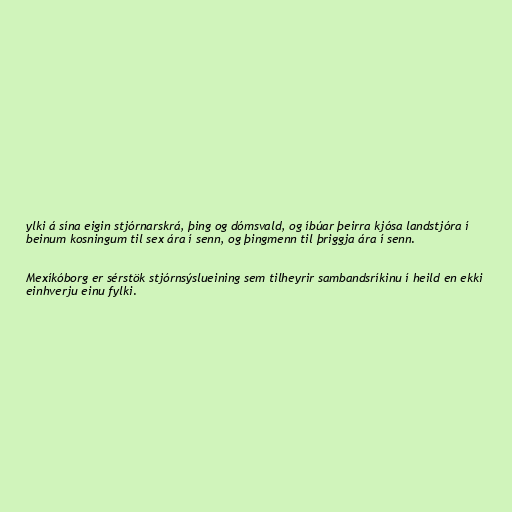
ylki á sína eigin stjórnarskrá, þing og dómsvald, og íbúar þeirra kjósa landstjóra í
beinum kosningum til sex ára í senn, og þingmenn til þriggja ára í senn.

Mexíkóborg er sérstök stjórnsýslueining sem tilheyrir sambandsríkinu í heild en ekki
einhverju einu fylki.